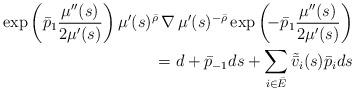
LaTeX: \begin{align*} \exp\left(\bar p_1 \frac{\mu''(s)}{2 \mu'(s)}\right) \mu'(s)^{\bar\rho} \,\nabla\, \mu'(s)^{-\bar\rho} \exp\left( \! -\bar p_1 \frac{\mu''(s)}{2 \mu'(s)}\right)\\= d + \bar p_{-1} ds + \sum_{i\in \bar E} \tilde{\bar v}_i(s) \bar p_i ds\end{align*}